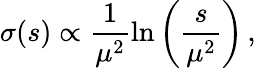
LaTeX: \sigma(s)\propto\frac{1}{\mu^{2}}\ln\left(\frac{s}{\mu^{2}}\right)\, ,